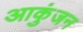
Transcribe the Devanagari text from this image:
आकुंजन